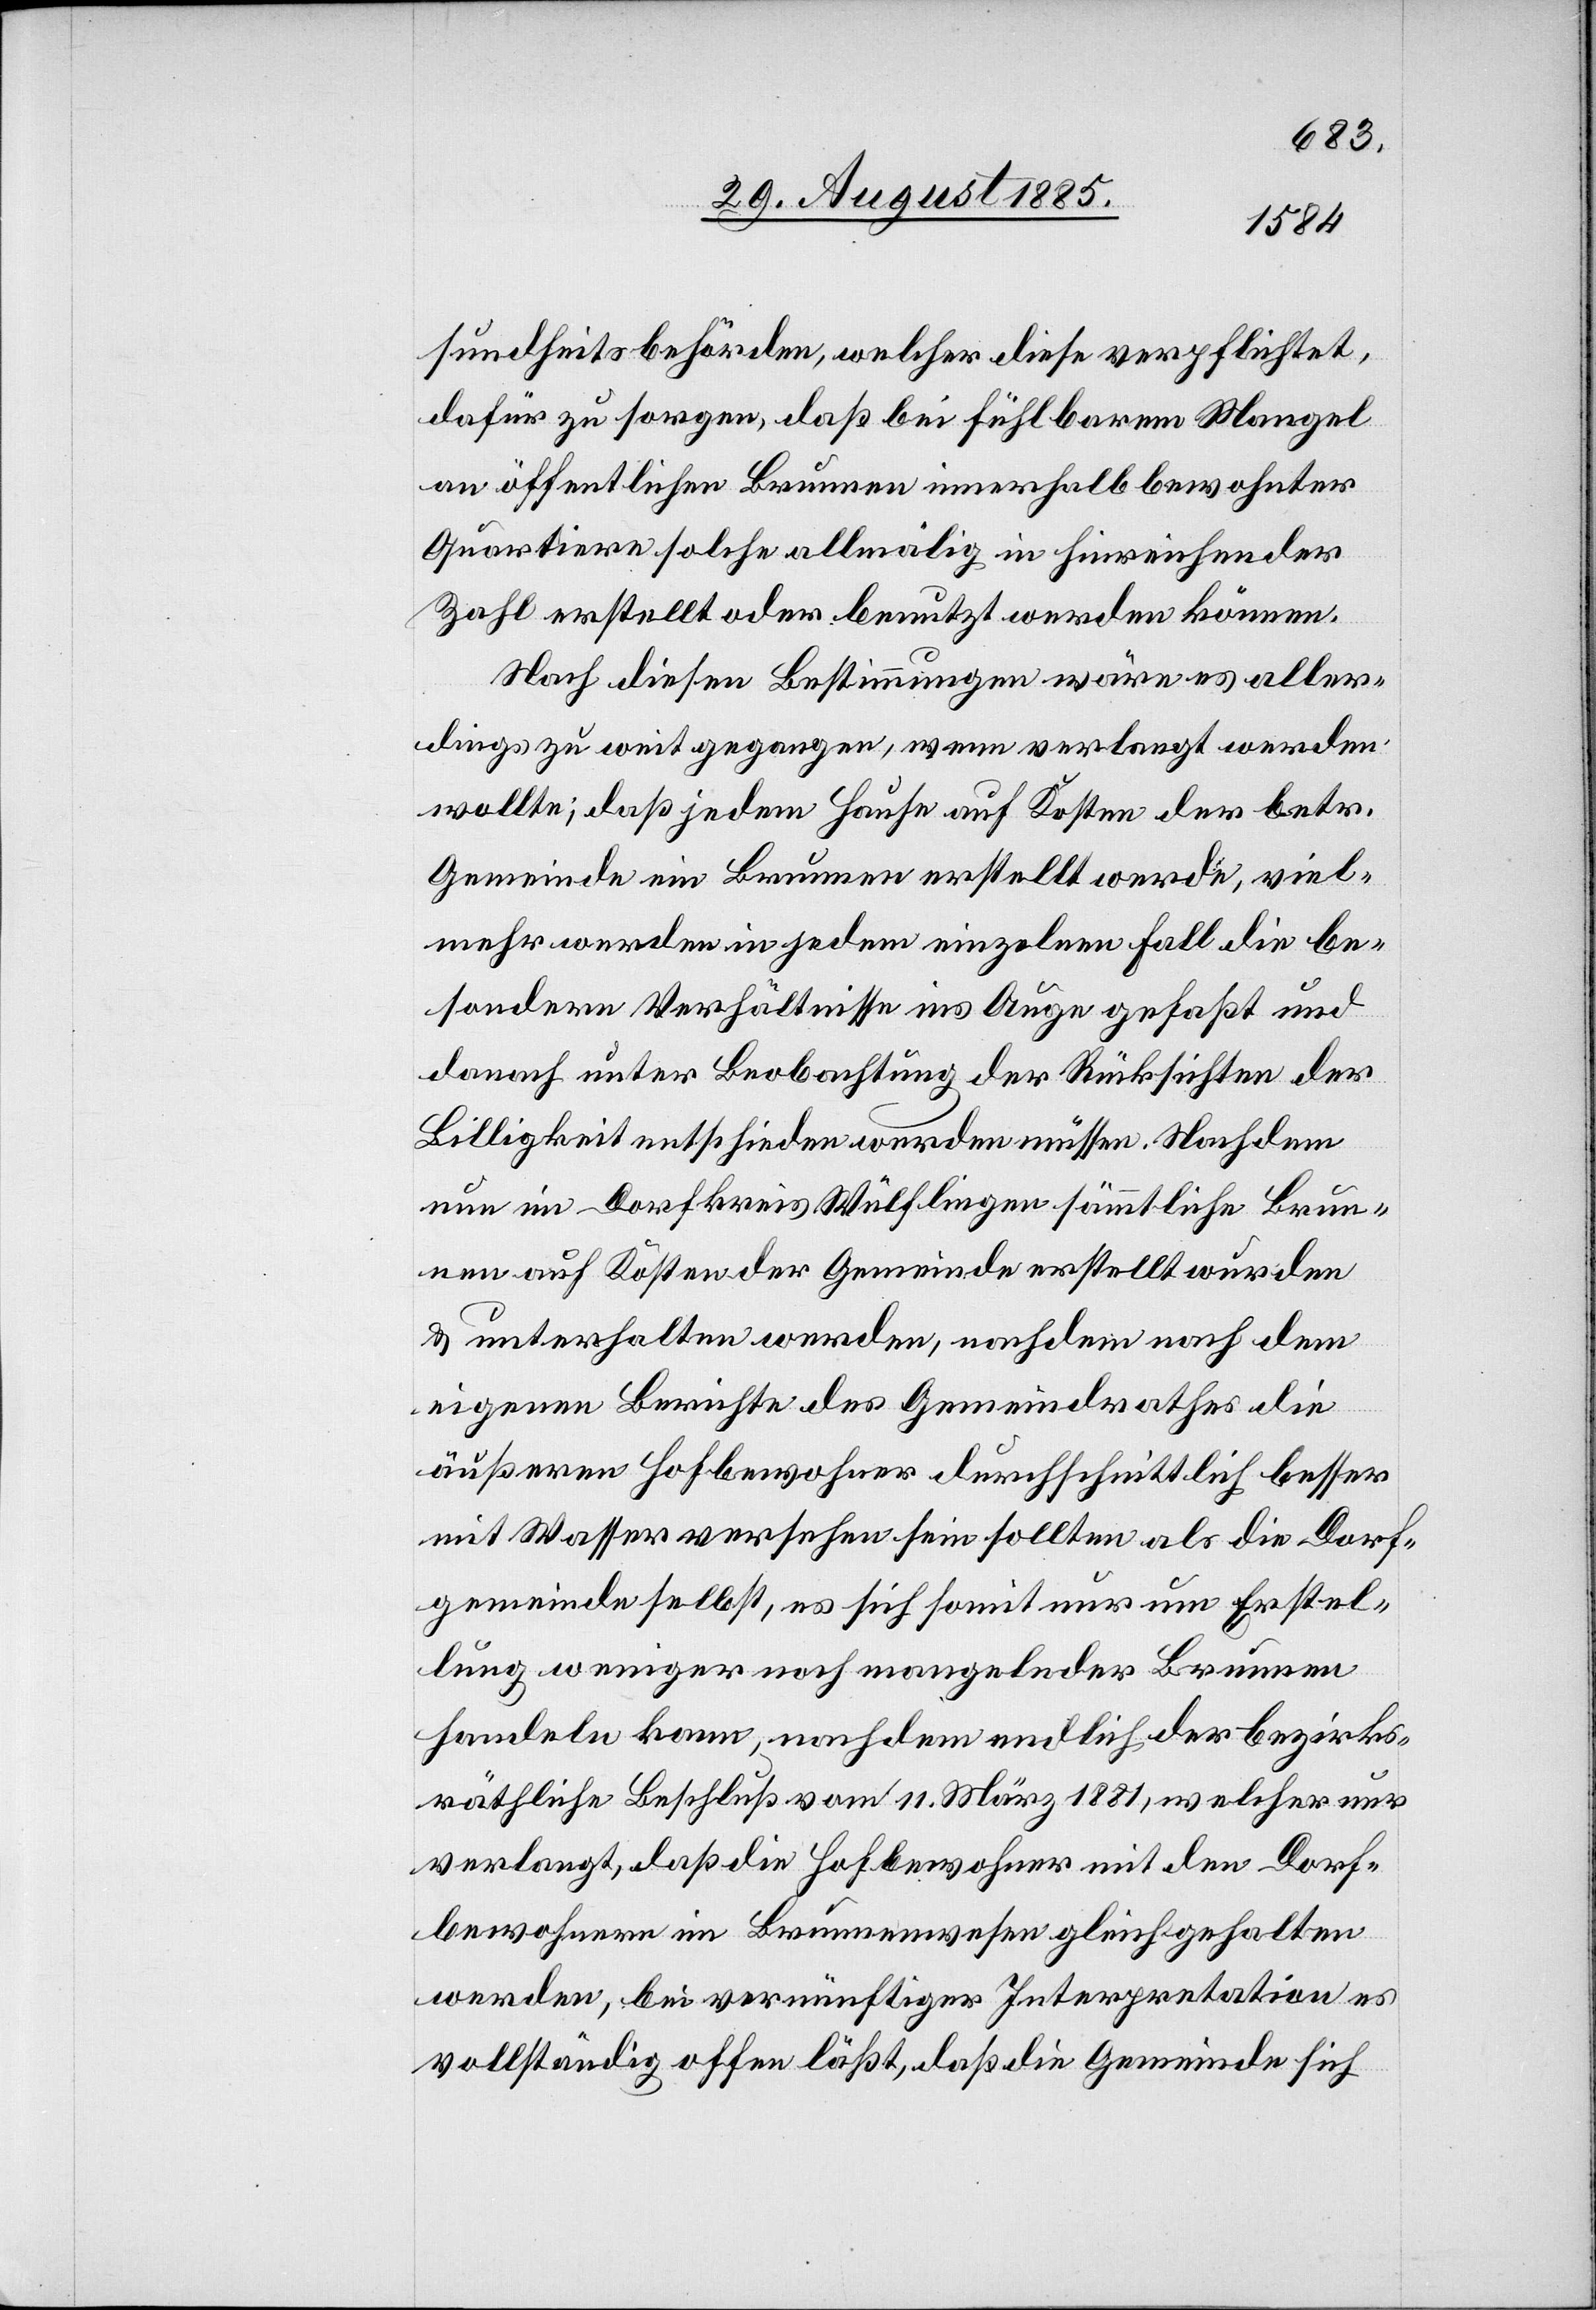
sundheitsbehörden, welcher diese verpflichtet,
dafür zu sorgen, daß bei fühlbarem Mangel
an öffentlichen Brunnen innerhalb bewohnter
Quartiere solche allmälig in hinreichender
Zahl erstellt oder benutzt werden können.
Nach diesen Bestimmungen wäre es aller¬
dings zu weit gegangen, wenn verlangt werden
wollte, daß jedem Hause auf Kosten der betr.
Gemeinde ein Brunnen erstellt werde, viel¬
mehr werden in jedem einzelnen Fall die be¬
sondern Verhältnisse ins Auge gefaßt und
danach unter Beobachtung der Rücksichten der
Billigkeit entschieden werden müssen. Nachdem
nun im Dorfkreis Wülflingen sämmtliche Brun¬
nen auf Kosten der Gemeinde erstellt wurden
& unterhalten werden, nachdem nach dem
eigenen Berichte des Gemeindrathes die
äußeren Hofbewohner durchschnittlich besser
mit Wasser versehen sein sollten als die Dorf¬
gemeinde selbst, es sich somit nur um Erstel¬
lung weniger noch mangelnder Brunnen
handeln kann, nachdem endlich der bezirks¬
räthliche Beschluß vom 11. März 1881, welcher nur
verlangt, daß die Hofbewohner mit den Dorf¬
bewohnern im Brunnenwesen gleich gehalten
werden, bei vernünftiger Interpretation es
vollständig offen läßt, daß die Gemeinde sich